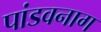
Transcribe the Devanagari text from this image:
पांडवनाग